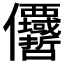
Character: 𠑵